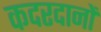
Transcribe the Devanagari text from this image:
कदरदानों